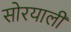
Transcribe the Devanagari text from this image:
सोरयाली